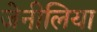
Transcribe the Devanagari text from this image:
जेनीलिया